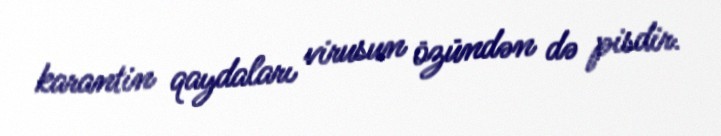
karantin qaydaları virusun özündən də pisdir.